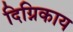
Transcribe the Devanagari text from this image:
दिग्निकाय